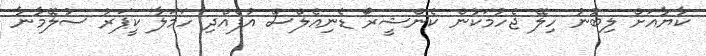
ކާޔާއަށް ލިބުނު ހިލޭ ޖެހުމަކުން ކެންޝީރޯ ޑެނިއެލްސް އުފެއްދި ހަމަލާ ކީޕަރު ސުލޭމާނާ